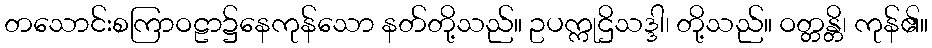
တသောင်းစကြာဝဠာ၌နေကုန်သော နတ်တို့သည်။ ဥပက္ကုဌိသဒ္ဒါ၊ တို့သည်။ ဝတ္တန္တိ၊ ကုန်၏။